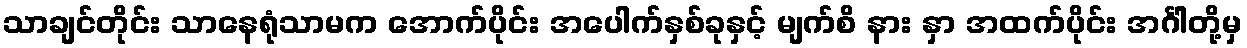
သာချင်တိုင်း သာနေရုံသာမက အောက်ပိုင်း အပေါက်နှစ်ခုနှင့် မျက်စိ နား နှာ အထက်ပိုင်း အင်္ဂါတို့မှ